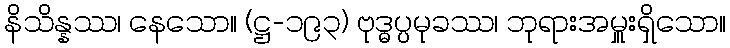
နိသိန္နဿ၊ နေသော။ (ဋ္ဌ-၁၉၃) ဗုဒ္ဓပ္ပမုခဿ၊ ဘုရားအမှူးရှိသော။